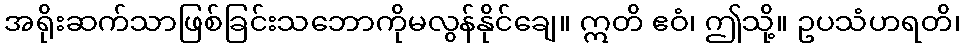
အရိုးဆက်သာဖြစ်ခြင်းသဘောကိုမလွန်နိုင်ချေ။ ဣတိ ဧဝံ၊ ဤသို့။ ဥပသံဟရတိ၊